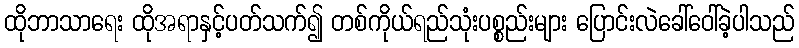
ထိုဘာသာရေး ထိုအရာနှင့်ပတ်သက်၍ တစ်ကိုယ်ရည်သုံးပစ္စည်းများ ပြောင်းလဲခေါ်ဝေါ်ခဲ့ပါသည်